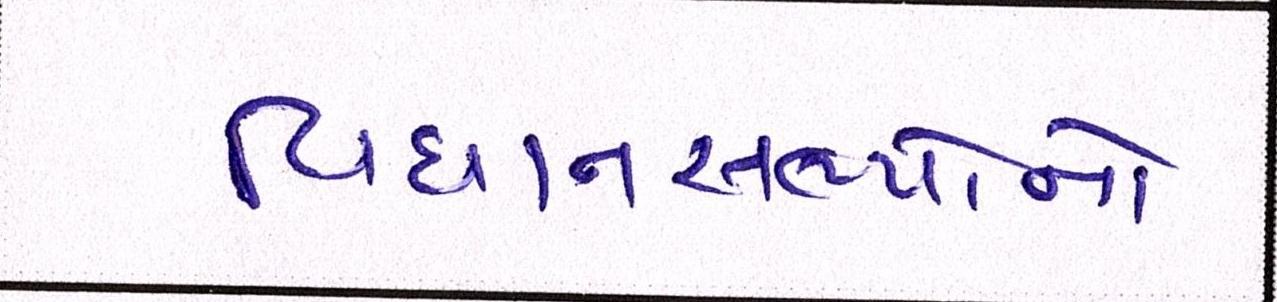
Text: વિધાનસભ્યોનો